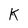
Character: K